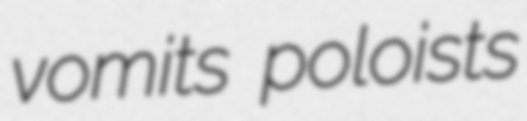
vomits poloists